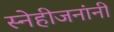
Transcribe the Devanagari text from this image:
स्नेहीजनांनी